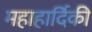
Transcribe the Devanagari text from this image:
महाहार्दिकी